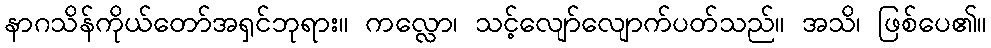
နာဂသိန်ကိုယ်တော်အရှင်ဘုရား။ ကလ္လော၊ သင့်လျော်လျောက်ပတ်သည်။ အသိ၊ ဖြစ်ပေ၏။